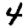
Digit: 4